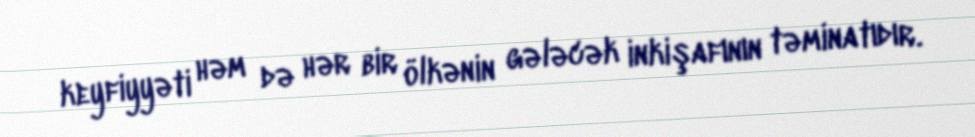
keyfiyyəti həm də hər bir ölkənin gələcək inkişafının təminatıdır.